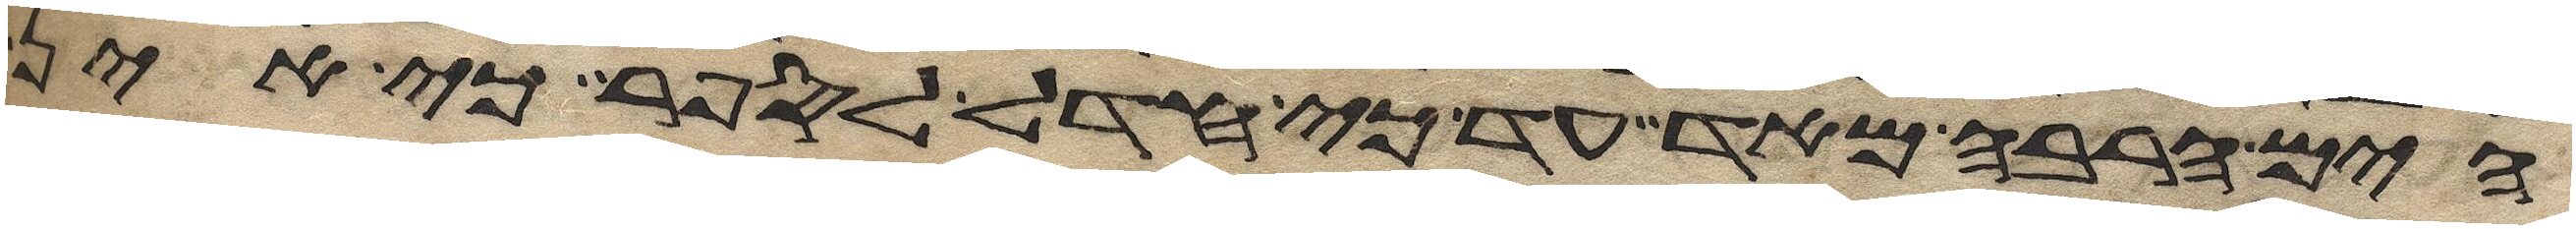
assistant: הים הרבה מאד עד כי חדל לספר כי אין